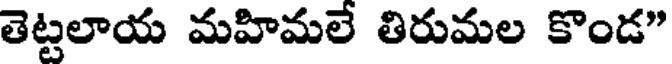
తెట్టలాయ మహిమలే తిరుమల కొండ"